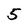
Character: 5